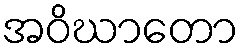
အဝိဃာတော